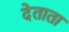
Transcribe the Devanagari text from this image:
देताता